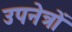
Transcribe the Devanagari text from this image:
उपनेत्रों